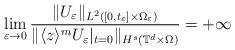
LaTeX: \begin{align*}\lim_{\varepsilon \to 0} \frac{ \| U_\varepsilon \|_{L^2([0,t_\varepsilon] \times \Omega_\varepsilon)}}{\| \langle z\rangle^m U_\varepsilon|_{t=0} \|_{H^s(\mathbb{T}^d \times \Omega)}}=+\infty\end{align*}